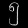
Digit: ၅